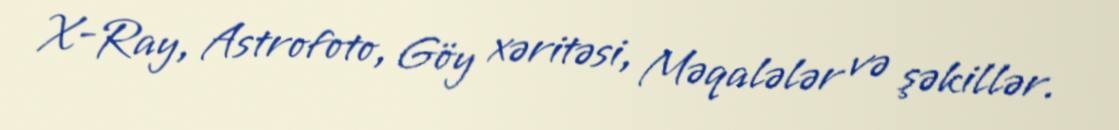
X-Ray, Astrofoto, Göy xəritəsi, Məqalələr və şəkillər.